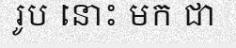
រូប នោះ មក ជា